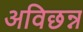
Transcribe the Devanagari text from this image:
अविछन्न